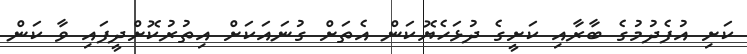
ކަށި އުފެދުމުގެ ބާރާއި ކަށީގެ ދުޅަހެޔޮކަން އެތަށް ގުނައަކަށް އިތުރުކޮށްދީފައި ވާ ކަން